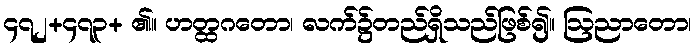
၄၇၂+၄၇၃+ ၏။ ဟတ္ထဂတော၊ လက်၌တည်ရှိသည်ဖြစ်၍။ ဩညာတော၊